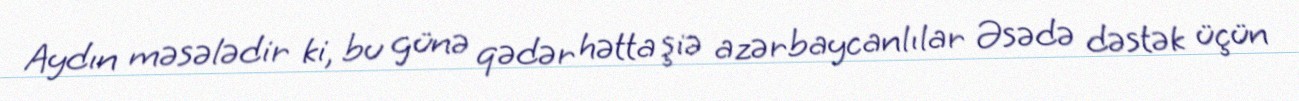
Aydın məsələdir ki, bu günə qədər hətta şiə azərbaycanlılar Əsədə dəstək üçün